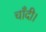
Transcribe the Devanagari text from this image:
चाँदी।